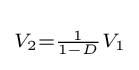
\scriptstyle V_{2}={\frac {1}{1-D}}V_{1}